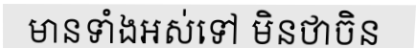
មានទាំងអស់ទៅ មិនថាចិន